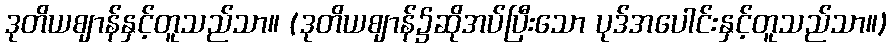
ဒုတိယဈာန်နှင့်တူသည်သာ။ (ဒုတိယဈာန်၌ဆိုအပ်ပြီးသော ပုဒ်အပေါင်းနှင့်တူသည်သာ။)